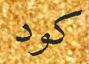
كود